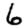
Digit: 6